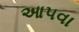
આ૫વા